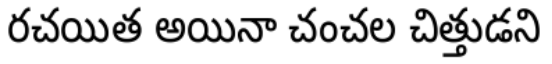
రచయిత అయినా చంచల చిత్తుడని